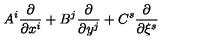
A ^ { i } \frac { \partial } { \partial x ^ { i } } + B ^ { j } \frac { \partial } { \partial y ^ { j } } + C ^ { s } \frac { \partial } { \partial \xi ^ { s } }